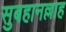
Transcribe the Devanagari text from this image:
सुबहानल्लाह